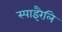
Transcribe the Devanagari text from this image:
स्पाइरैलि